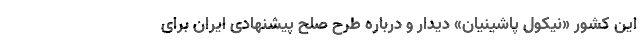
این کشور «نیکول پاشینیان» دیدار و درباره طرح صلح پیشنهادی ایران برای